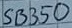
Text: SB350